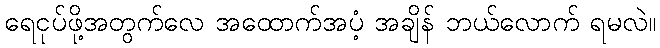
ရေငုပ်ဖို့အတွက်လေ အထောက်အပံ့ အချိန် ဘယ်လောက် ရမလဲ။